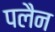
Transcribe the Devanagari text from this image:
पलैन